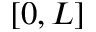
[ 0 , L ]